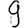
Digit: 9